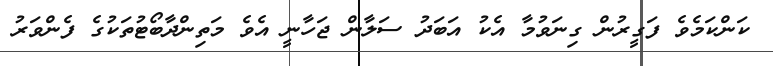
ކަންކަމެވެ ފަގީރުން ގިނަވުމާ އެކު އަބަދު ސަލާން ޖަހާނީ އެވެ މަތިންދާބޯޓުތަކުގެ ފެންވަރު